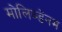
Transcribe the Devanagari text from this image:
मोलिब्डेंनम